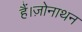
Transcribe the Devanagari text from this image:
हैं।ज़ोनाथन